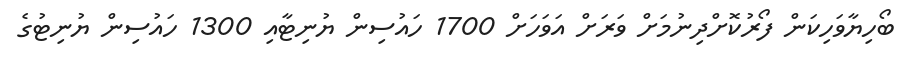
ބޯހިޔާވަހިކަން ފޯރުކޮށްދިނުމަށް ވަރަށް އަވަހަށް 1700 ހައުސިން ޔުނިޓާއި 1300 ހައުސިން ޔުނިޓުގެ